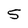
Character: 5